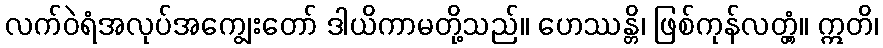
လက်ဝဲရံအလုပ်အကျွေးတော် ဒါယိကာမတို့သည်။ ဟေဿန္တိ၊ ဖြစ်ကုန်လတ္တံ့။ ဣတိ၊